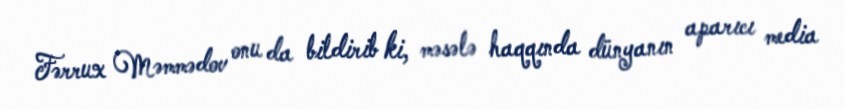
Fərrux Məmmədov onu da bildirib ki, məsələ haqqında dünyanın aparıcı media